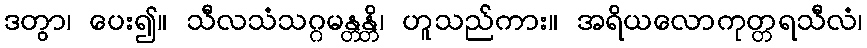
ဒတွာ၊ ပေး၍။ သီလသံသဂ္ဂမန္တန္တိ၊ ဟူသည်ကား။ အရိယလောကုတ္တရသီလံ၊